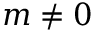
m \neq 0